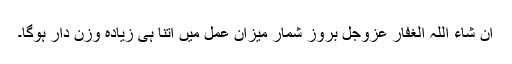
اِن شاءَ اللہُ الْغفَّار عَزَّوَجَل بروزِ شُمار میزانِ عمل میں اُتنا ہی زیادہ وَزْن دار ہوگا۔